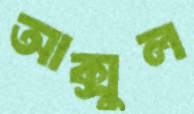
আক্সুল